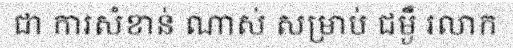
ជា ការសំខាន់ ណាស់ សម្រាប់ ជម្ងឺ រលាក